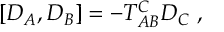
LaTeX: \left[ D _ { A } , D _ { B } \right] = - T _ { A B } ^ { C } D _ { C } \ ,